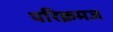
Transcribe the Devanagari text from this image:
परिक्रमज